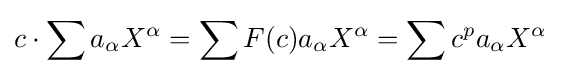
c\cdot \sum a_{\alpha }X^{\alpha }=\sum F(c)a_{\alpha }X^{\alpha }=\sum c^{p}a_{\alpha }X^{\alpha }